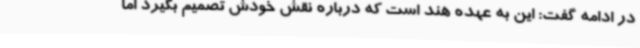
در ادامه گفت: این به عهده هند است که درباره نقش خودش تصمیم بگیرد اما